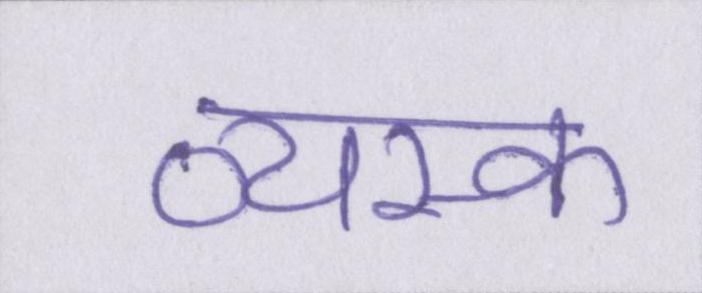
व्यस्क